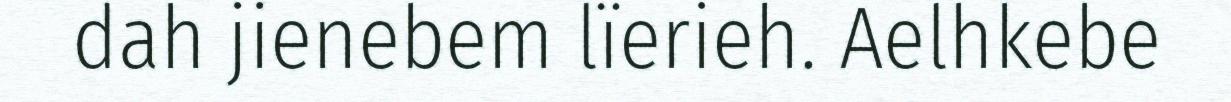
dah jienebem lïerieh. Aelhkebe